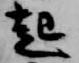
起